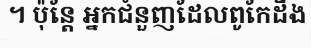
។ ប៉ុន្តែ អ្នកជំនួញដែលពូកែដឹង